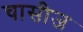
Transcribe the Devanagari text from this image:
चासीज